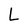
Character: L